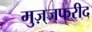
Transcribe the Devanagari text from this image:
मुज़्जफरीद